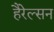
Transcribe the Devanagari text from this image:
हैरेल्सन